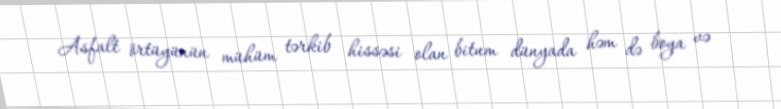
Asfalt örtüyünün mühüm tərkib hissəsi olan bitum dünyada həm də boya və